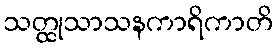
သတ္ထုသာသနကာရိကာတိ